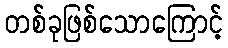
တစ်ခုဖြစ်သောကြောင့်